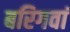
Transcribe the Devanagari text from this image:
बरिगवां